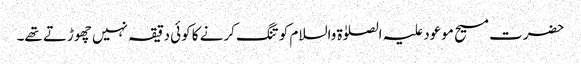
حضرت مسیح موعود علیہ الصلوٰۃ والسلام کو تنگ کرنے کا کوئی دقیقہ نہیں چھوڑتے تھے۔